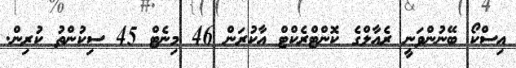
އިސްކޯ ބޭނުންވަނީ ރެއާލްގެ ކޮންޓްރެކްޓް އާކުރަން 46 މިނެޓް 45 ސިކުންތު ކުރިން.